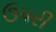
ઉપરી